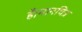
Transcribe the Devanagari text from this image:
हैं।मानचित्र